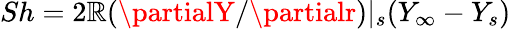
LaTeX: Sh=2\mathbb{R}(\partialY/\partialr)|_{s}(Y_{\infty}-Y_{s})